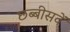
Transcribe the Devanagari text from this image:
छब्बीसवें